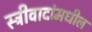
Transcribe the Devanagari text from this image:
स्त्रीवादांमधील